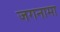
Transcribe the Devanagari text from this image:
जगनामा